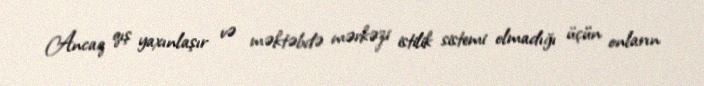
Ancaq qış yaxınlaşır və məktəbdə mərkəzi istilik sistemi olmadığı üçün onların